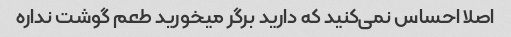
اصلا احساس نمی‌کنید که دارید برگر میخورید طعم گوشت نداره